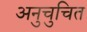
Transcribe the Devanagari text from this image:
अनुचुचित